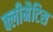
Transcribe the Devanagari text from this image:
क्लीमैटिस